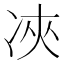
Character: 𠗉